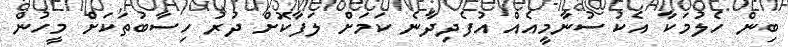
ބިން ހެލުމަކާ އެކު ސުނާމީއެއް އުފެދިދާނެ ކަމަށް ލަފާކޮށް ދުރު ހިސާބުތަކަށް މީހުން